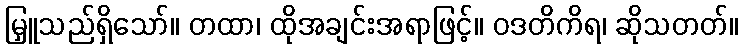
မြှူသည်ရှိသော်။ တထာ၊ ထိုအချင်းအရာဖြင့်။ ဝဒတိကိရ၊ ဆိုသတတ်။